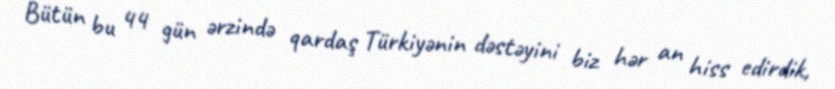
Bütün bu 44 gün ərzində qardaş Türkiyənin dəstəyini biz hər an hiss edirdik,